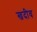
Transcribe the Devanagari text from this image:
खदीव